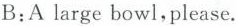
B:Alarge bowl, please.